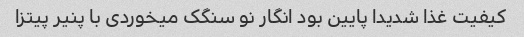
کیفیت غذا شدیدا پایین بود انگار نو سنگک میخوردی با پنیر پیتزا